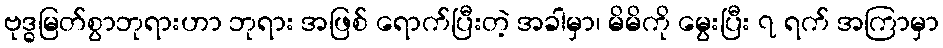
ဗုဒ္ဓမြတ်စွာဘုရားဟာ ဘုရား အဖြစ် ရောက်ပြီးတဲ့ အခါမှာ၊ မိမိကို မွေးပြီး ၇ ရက် အကြာမှာ